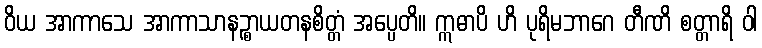
ဝိယ အာကာသေ အာကာသာနဉ္စာယတနစိတ္တံ အပ္ပေတိ။ ဣဓာပိ ဟိ ပုရိမဘာဂေ တီဏိ စတ္တာရိ ဝါ